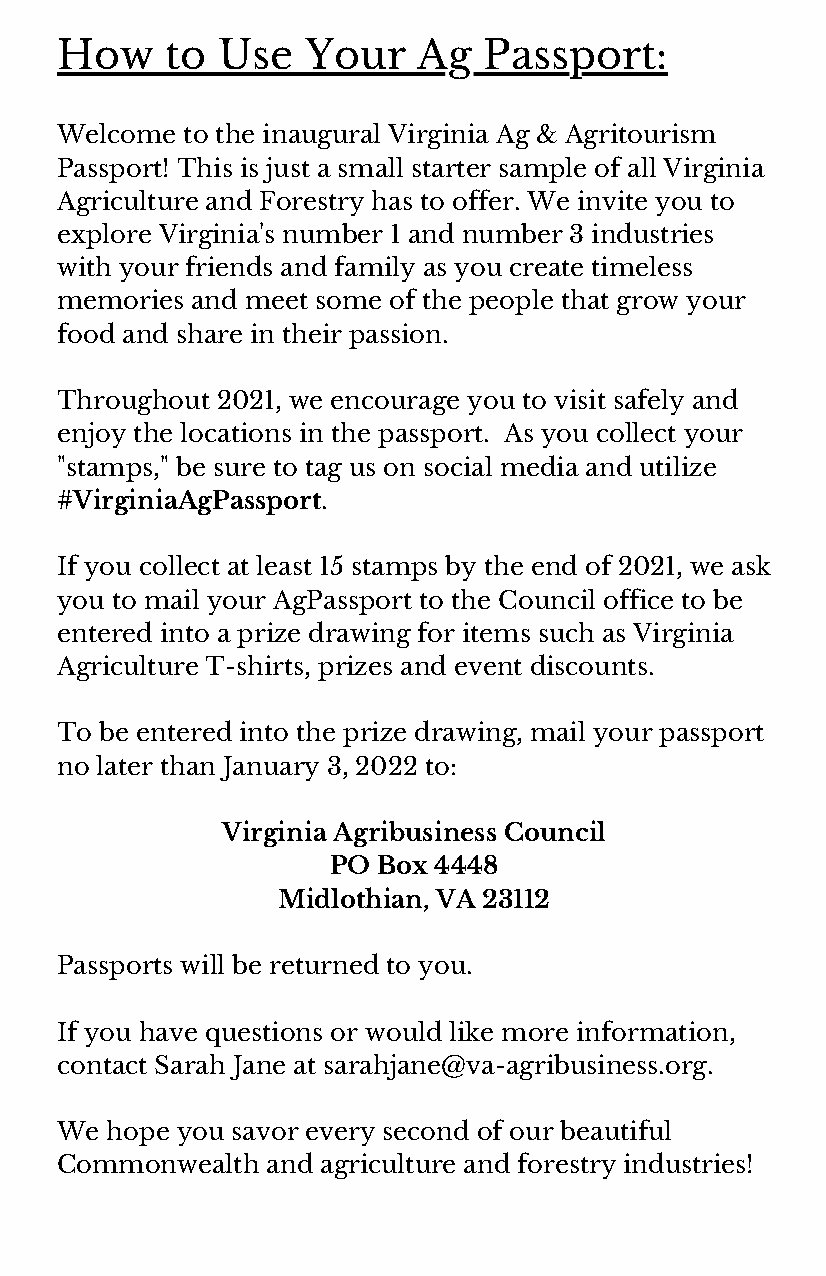
How    to Use   Your    Ag  Passport:
 Welcome to the inaugural Virginia Ag & Agritourism
 Passport! This is just a small starter sample of all Virginia
 Agriculture and Forestry has to offer. We invite you to
 explore Virginia's number 1 and number 3 industries
 with your friends and family as you create timeless
 memories and meet some of the people that grow your
 food and share in their passion.
 Throughout 2021, we encourage you to visit safely and
 enjoy the locations in the passport. As you collect your
 "stamps," be sure to tag us on social media and utilize
 #VirginiaAgPassport.
 If you collect at least 15 stamps by the end of 2021, we ask
 you to mail your AgPassport to the Council office to be
 entered into a prize drawing for items such as Virginia
 Agriculture T-shirts, prizes and event discounts.
 To be entered into the prize drawing, mail your passport
 no later than January 3, 2022 to:
 Virginia Agribusiness Council
 PO Box 4448
 Midlothian, VA 23112
 Passports will be returned to you.
 If you have questions or would like more information,
 contact Sarah Jane at sarahjane@va-agribusiness.org.
 We hope you savor every second of our beautiful
 Commonwealth  and agriculture and forestry industries!